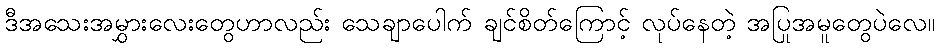
ဒီအသေးအမွှားလေးတွေဟာလည်း သေချာပေါက် ချင်စိတ်ကြောင့် လုပ်နေတဲ့ အပြုအမူတွေပဲလေ။